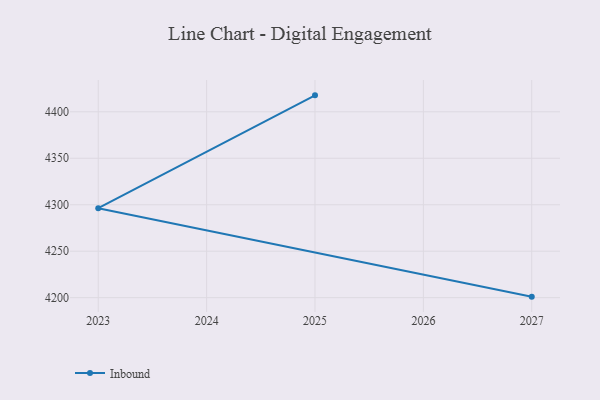
{"axis": {"x": "Year", "y": "Net Income (USD K)"}, "legend": ["Inbound"], "data": [{"x": "2025", "y": 4417.7, "type": "Inbound"}, {"x": "2023", "y": 4296.3, "type": "Inbound"}, {"x": "2027", "y": 4201.1, "type": "Inbound"}]}